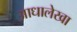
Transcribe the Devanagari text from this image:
आधालेखा